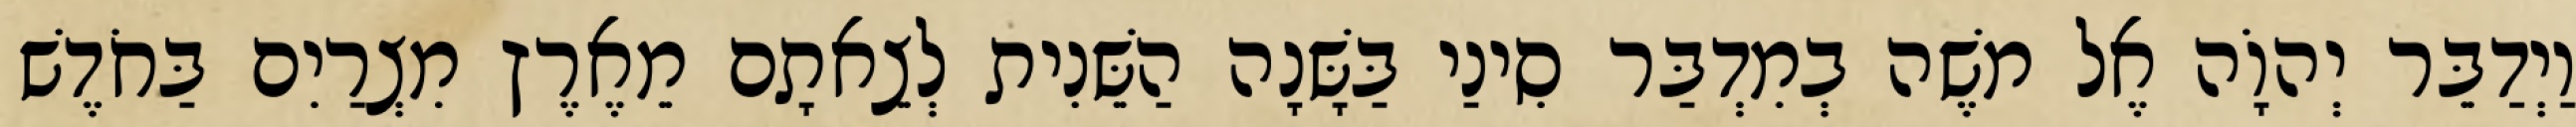
וַיְדַבֵּר יְהוָֹה אֶל משֶׁה בְמִדְבַּר סִינַי בַּשָּׁנָה הַשֵּׁנִית לְצֵאתָם מֵאֶרֶץ מִצְרַיִם בַּחֹדֶשׁ